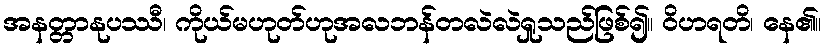
အနတ္တာနုပဿီ၊ ကိုယ်မဟုတ်ဟုအလဘန်တလဲလဲရှုသည်ဖြစ်၍။ ဝိဟရတိ၊ နေ၏။